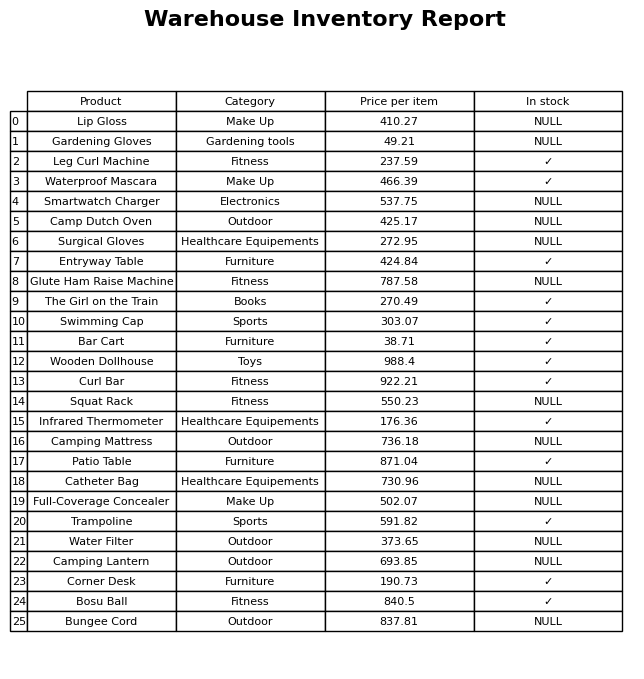
question: What is the price for The Girl on the Train?
answer: The price of The Girl on the Train is 270.49.